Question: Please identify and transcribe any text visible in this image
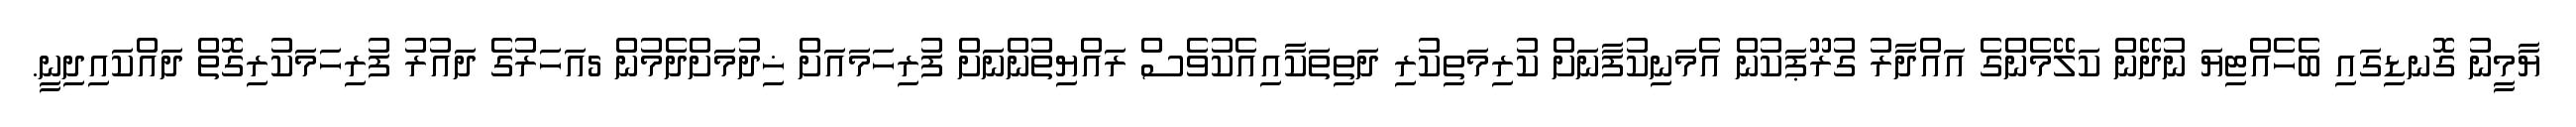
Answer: ޔާމީނު ގޮނޑިގައި ބެހެއްޓިޔަ ނުދޭން ކަލޭމެންގެ އައްދާރު ގުރޫޕަކުން އެމަނިކުފާނަށް ކުރިމަތިކުރި ދަތިތަކާއިއެކުވެސް ރައްޔިތުންނަށް ފުރިހަމައަށް ޚިދުމަށްދެމުން 5އަހަރުގެ ދައުރު ފުރިހަމަކުރިގޮތް ދައްކައިދިނީ.